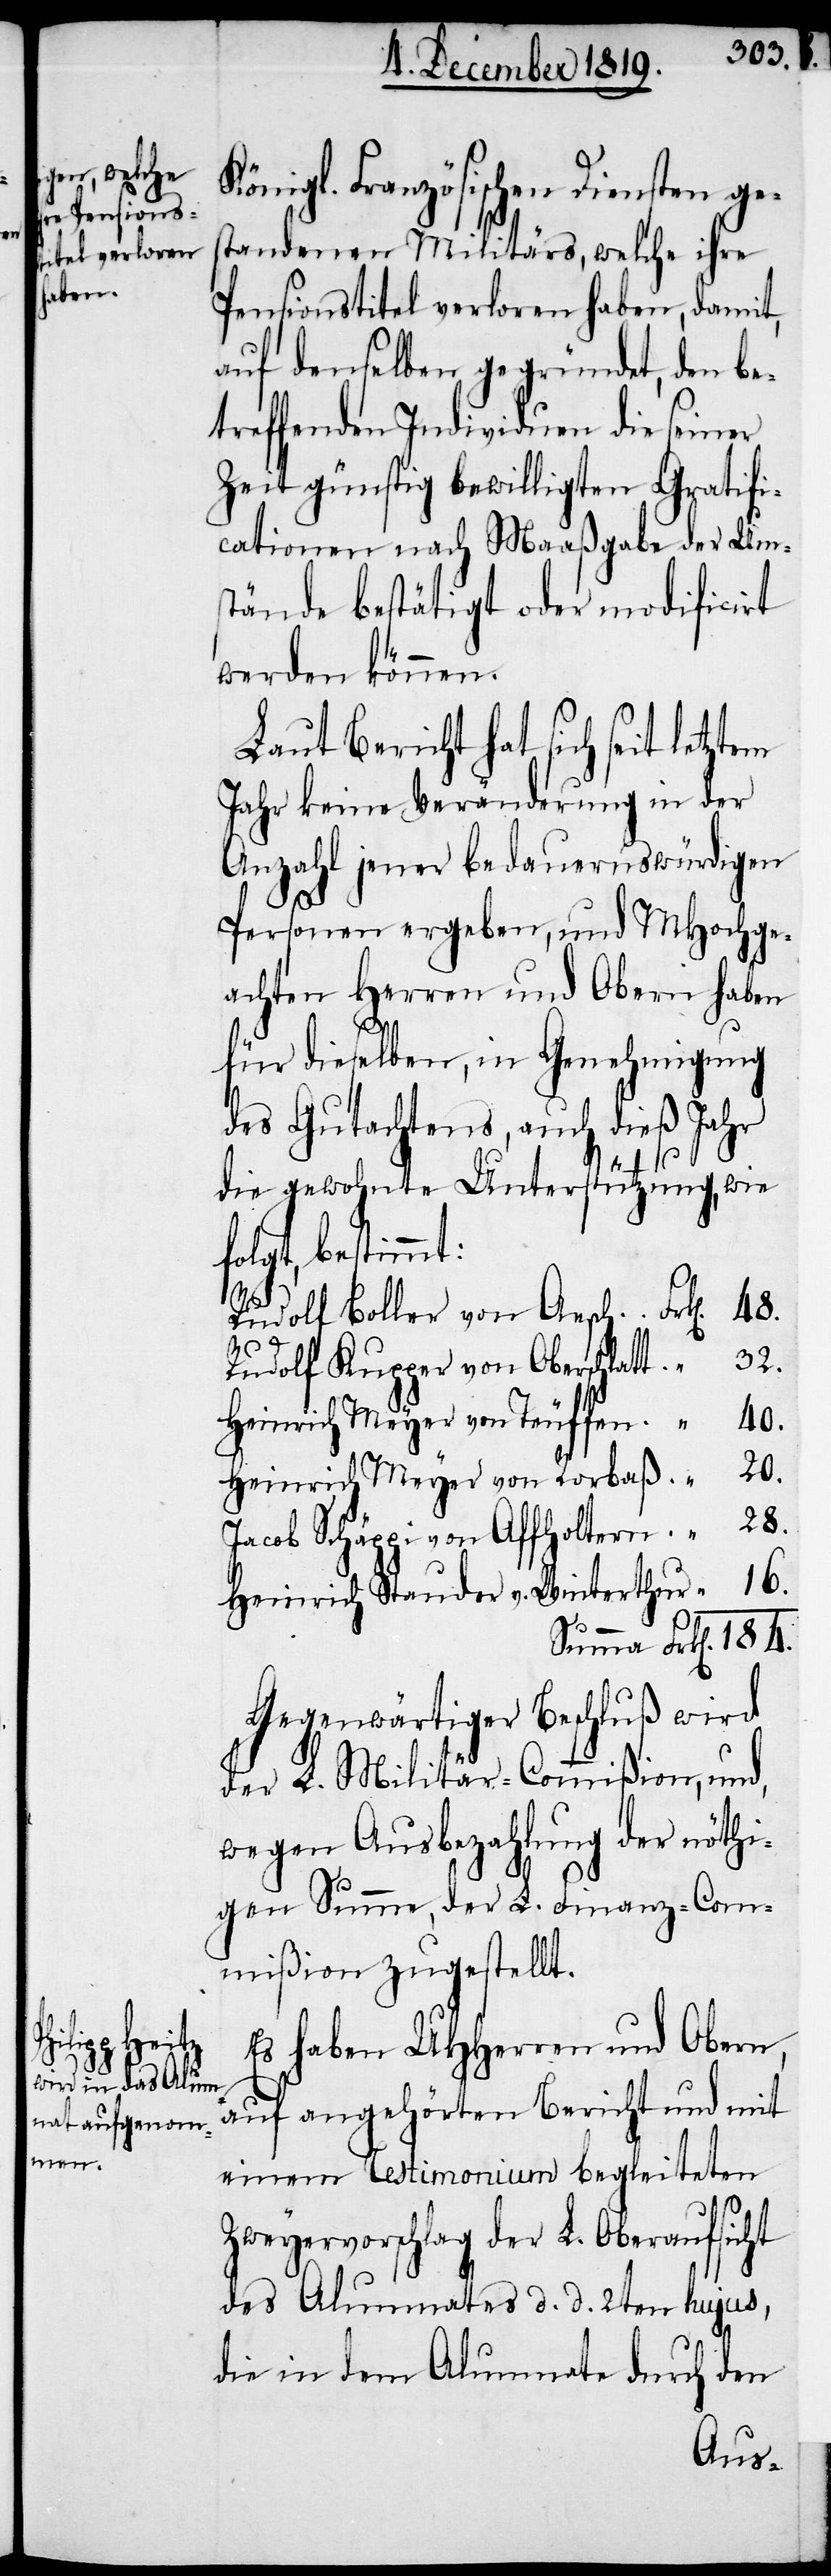
Französischen Diensten ge¬
standenen Militärs, welche ihre
Pensionstitel verloren haben, damit,
auf denselben gegründet, den be¬
treffenden Individuen die seiner
Zeit günstig bewilligten Gratifi¬
cationen nach Maaßgabe der Ums¬
tände bestätigt oder modificrt
werden können.
Laut Bericht hat sich seit letztem
Jahr keine Veränderung in der
Anzahl jener bedauernswürdigen
Personen ergeben, und MHochge¬
achten Herren und Obern haben
184.
für dieselben, in Genehmigung
des Gutachtens, auch dieß Jahr
die gewohnte Unterstützung, wie
folgt, bestimmt:
Rudolf Boller von Aesch
Rudolf Kupper von Oberschlatt
Heinrich Meyer von Teuffen
Heinrich Meyer von Rorbaß
Jacob Schäppi von Affholtern
Heinrich Stauder v. Winterthur
Gegenwärtiger Beschluß wird
der L. Militär-Commißion, und,
wegen Ausbezahlung der nöthi¬
gen Summe, der L. Finanz-Com¬
mißion zugestellt.
Es habe UHHerren und Obern,
auf angehörten Bericht und mit
einem Testimonium begleiteten
Zweyervorschlag der L. Oberaufsicht
des Alumnates d. d. 2ten hujus,
die in dem Alumnate durch den